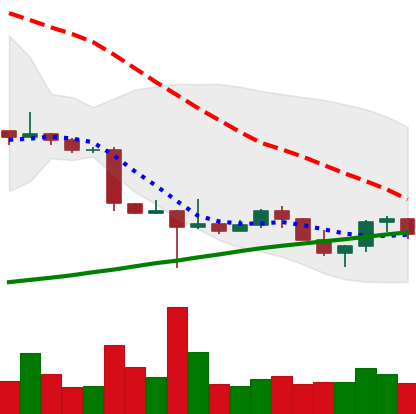
Ticker: ETC-USD
Chart end date: 2022-10-24
Forward return: 14.155%
Label: up_7plus